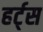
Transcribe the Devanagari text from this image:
हर्ट्‌स